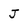
Character: J